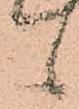
候